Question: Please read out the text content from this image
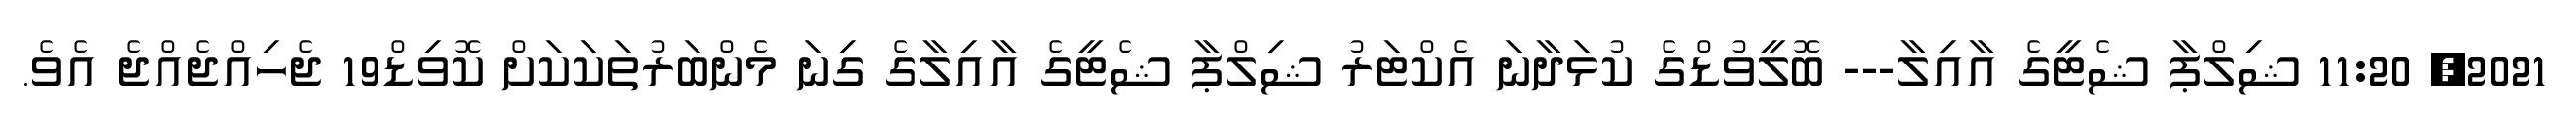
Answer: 2021, 11:20 ޝިލްޕާ ޝެޓީގެ އާއިލާ--- ބޮލީވުޑްގެ ކުޅަދާނަ އެކްޓަރު ޝިލްޕާ ޝެޓީގެ އާއިލާގެ ގިނަ މެންބަރުތަކަކަށް ކޮވިޑް19 ޖެހިއްޖެއްޖެ އެވެ.